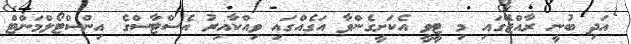
އަދި ބުނީ ރާއްޖޭގައި މި ޓީވީ އެކަށީގެންވާ އަގެއްގައި ވިއްކާއިރު އެސްޓާސްގެ އިންސްޓޯލްމަންޓް